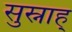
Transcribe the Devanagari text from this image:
सुस्नाह्